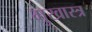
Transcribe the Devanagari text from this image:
मुखास्त्र